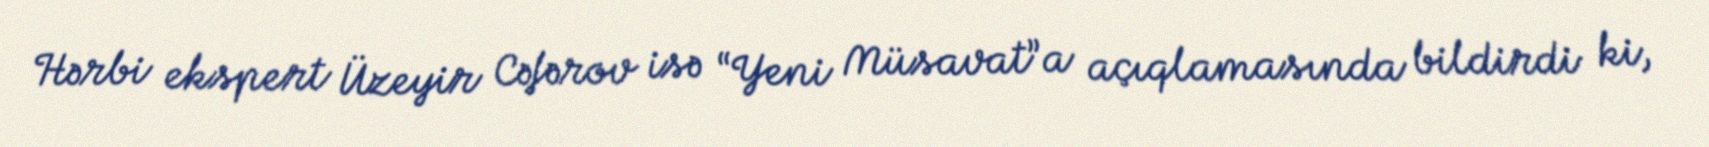
Hərbi ekspert Üzeyir Cəfərov isə “Yeni Müsavat”a açıqlamasında bildirdi ki,